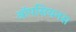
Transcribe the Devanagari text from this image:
ऑपसियनस